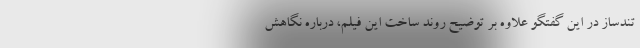
تندساز در این گفتگو علاوه بر توضیح روند ساخت این فیلم، درباره نگاهش